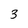
Character: 3